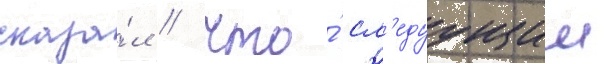
сказа́л / что́ сл'едуущии